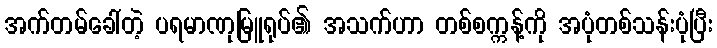
အက်တမ်ခေါ်တဲ့ ပရမာဏုမြူရုပ်၏ အသက်ဟာ တစ်စက္ကန့်ကို အပုံတစ်သန်းပုံပြီး